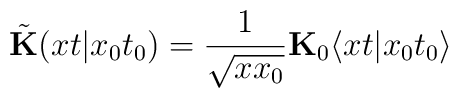
\tilde{\bf K}(xt \vert x_0t_0)   =  \frac{1}{\sqrt{xx_0}}   {\bf  K}_0\langle xt\vert x_0t_0\rangle